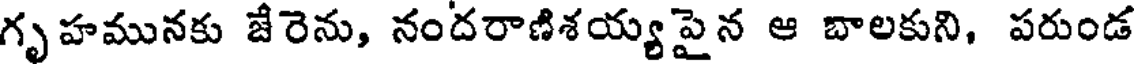
గృహమునకు జేరెను, నందరాణిశయ్యపైన ఆ బాలకుని, పరుండ